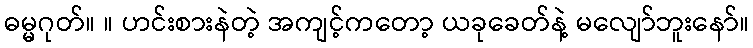
ဓမ္မဂုတ်။ ။ ဟင်းစားနဲတဲ့ အကျင့်ကတော့ ယခုခေတ်နဲ့ မလျော်ဘူးနော်။